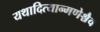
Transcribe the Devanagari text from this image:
यथादित्यान्मणेश्चैव